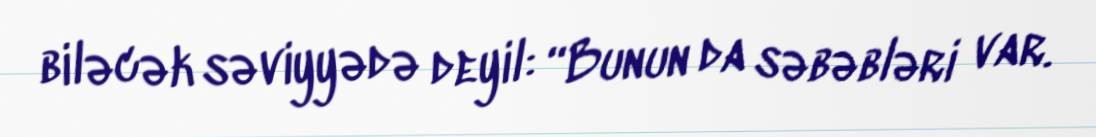
biləcək səviyyədə deyil: “Bunun da səbəbləri var.